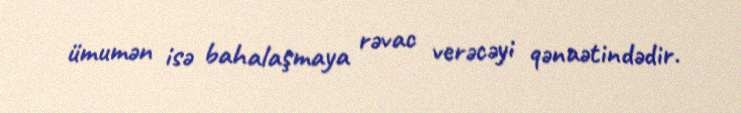
ümumən isə bahalaşmaya rəvac verəcəyi qənaətindədir.